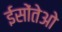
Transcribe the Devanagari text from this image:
ईसोंतेओ